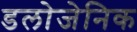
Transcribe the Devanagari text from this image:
डलोजेनिक